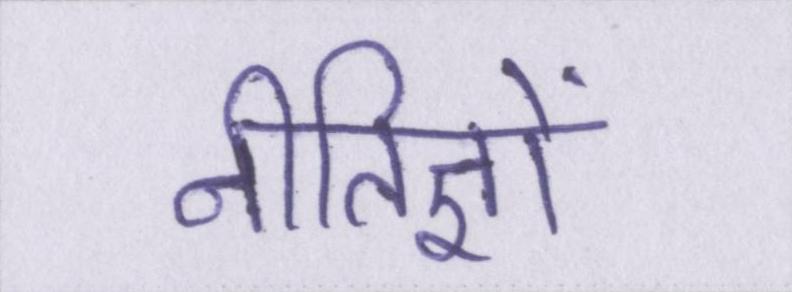
नीतिज्ञों